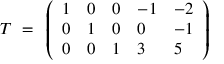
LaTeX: { \cal T } ~ = ~ \left( \begin{array} { l l l l l } { { 1 } } & { { 0 } } & { { 0 } } & { { - 1 } } & { { - 2 } } \\ { { 0 } } & { { 1 } } & { { 0 } } & { { 0 } } & { { - 1 } } \\ { { 0 } } & { { 0 } } & { { 1 } } & { { 3 } } & { { 5 } } \end{array} \right)